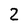
Character: 2